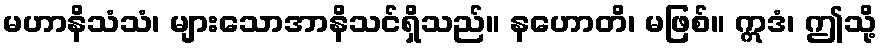
မဟာနိသံသံ၊ များသောအာနိသင်ရှိသည်။ နဟောတိ၊ မဖြစ်။ ဣဒံ၊ ဤသို့